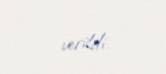
verildi.